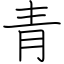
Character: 青